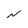
Character: N